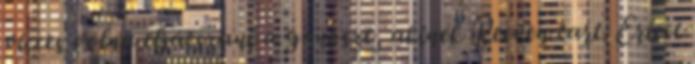
vicces volna eljátszani a gonoszt, akinek Reeven tart. Ericet